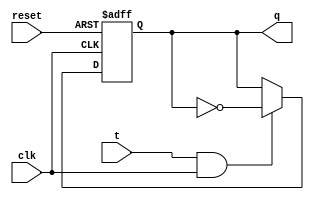
module t_ff (
    input wire clk,
    input wire reset,
    input wire t,
    output reg q
);

reg d, d_m, q_m;

// Master Flip-Flop
always @(posedge clk or posedge reset) begin
    if (reset) begin
        d_m <= 1'b0;
    end else begin
        d_m <= t;
    end
end

// Slave Flip-Flop
always @(negedge clk) begin
    d = d_m;
end

// Toggle logic
always @(posedge clk or posedge reset) begin
    if (reset) begin
        q <= 1'b0;
    end else if (t && clk) begin
        q <= ~q;
    end
end

endmodule